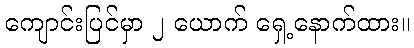
ကျောင်းပြင်မှာ ၂ ယောက် ရှေ့နောက်ထား။